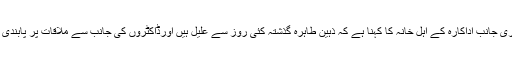
دوسری جانب اداکارہ کے اہل خانہ کا کہنا ہے کہ ذہین طاہرہ گذشتہ کئی روز سے علیل ہیں اورڈاکٹروں کی جانب سے ملاقات پر پابندی ہے ۔